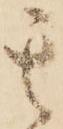
其